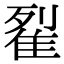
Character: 𨾸